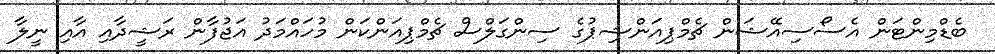
ބެޑްމިންޓަން އެސޯސިއޭޝަން ޗެމްޕިއަންޝިޕުގެ ސިންގަލްސް ޗެމްޕިއަންކަން މުހައްމަދު އަޖުފާން ރަޝީދާއި އާއި ނީލާ